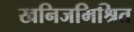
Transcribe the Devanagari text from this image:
खनिजमिश्रित